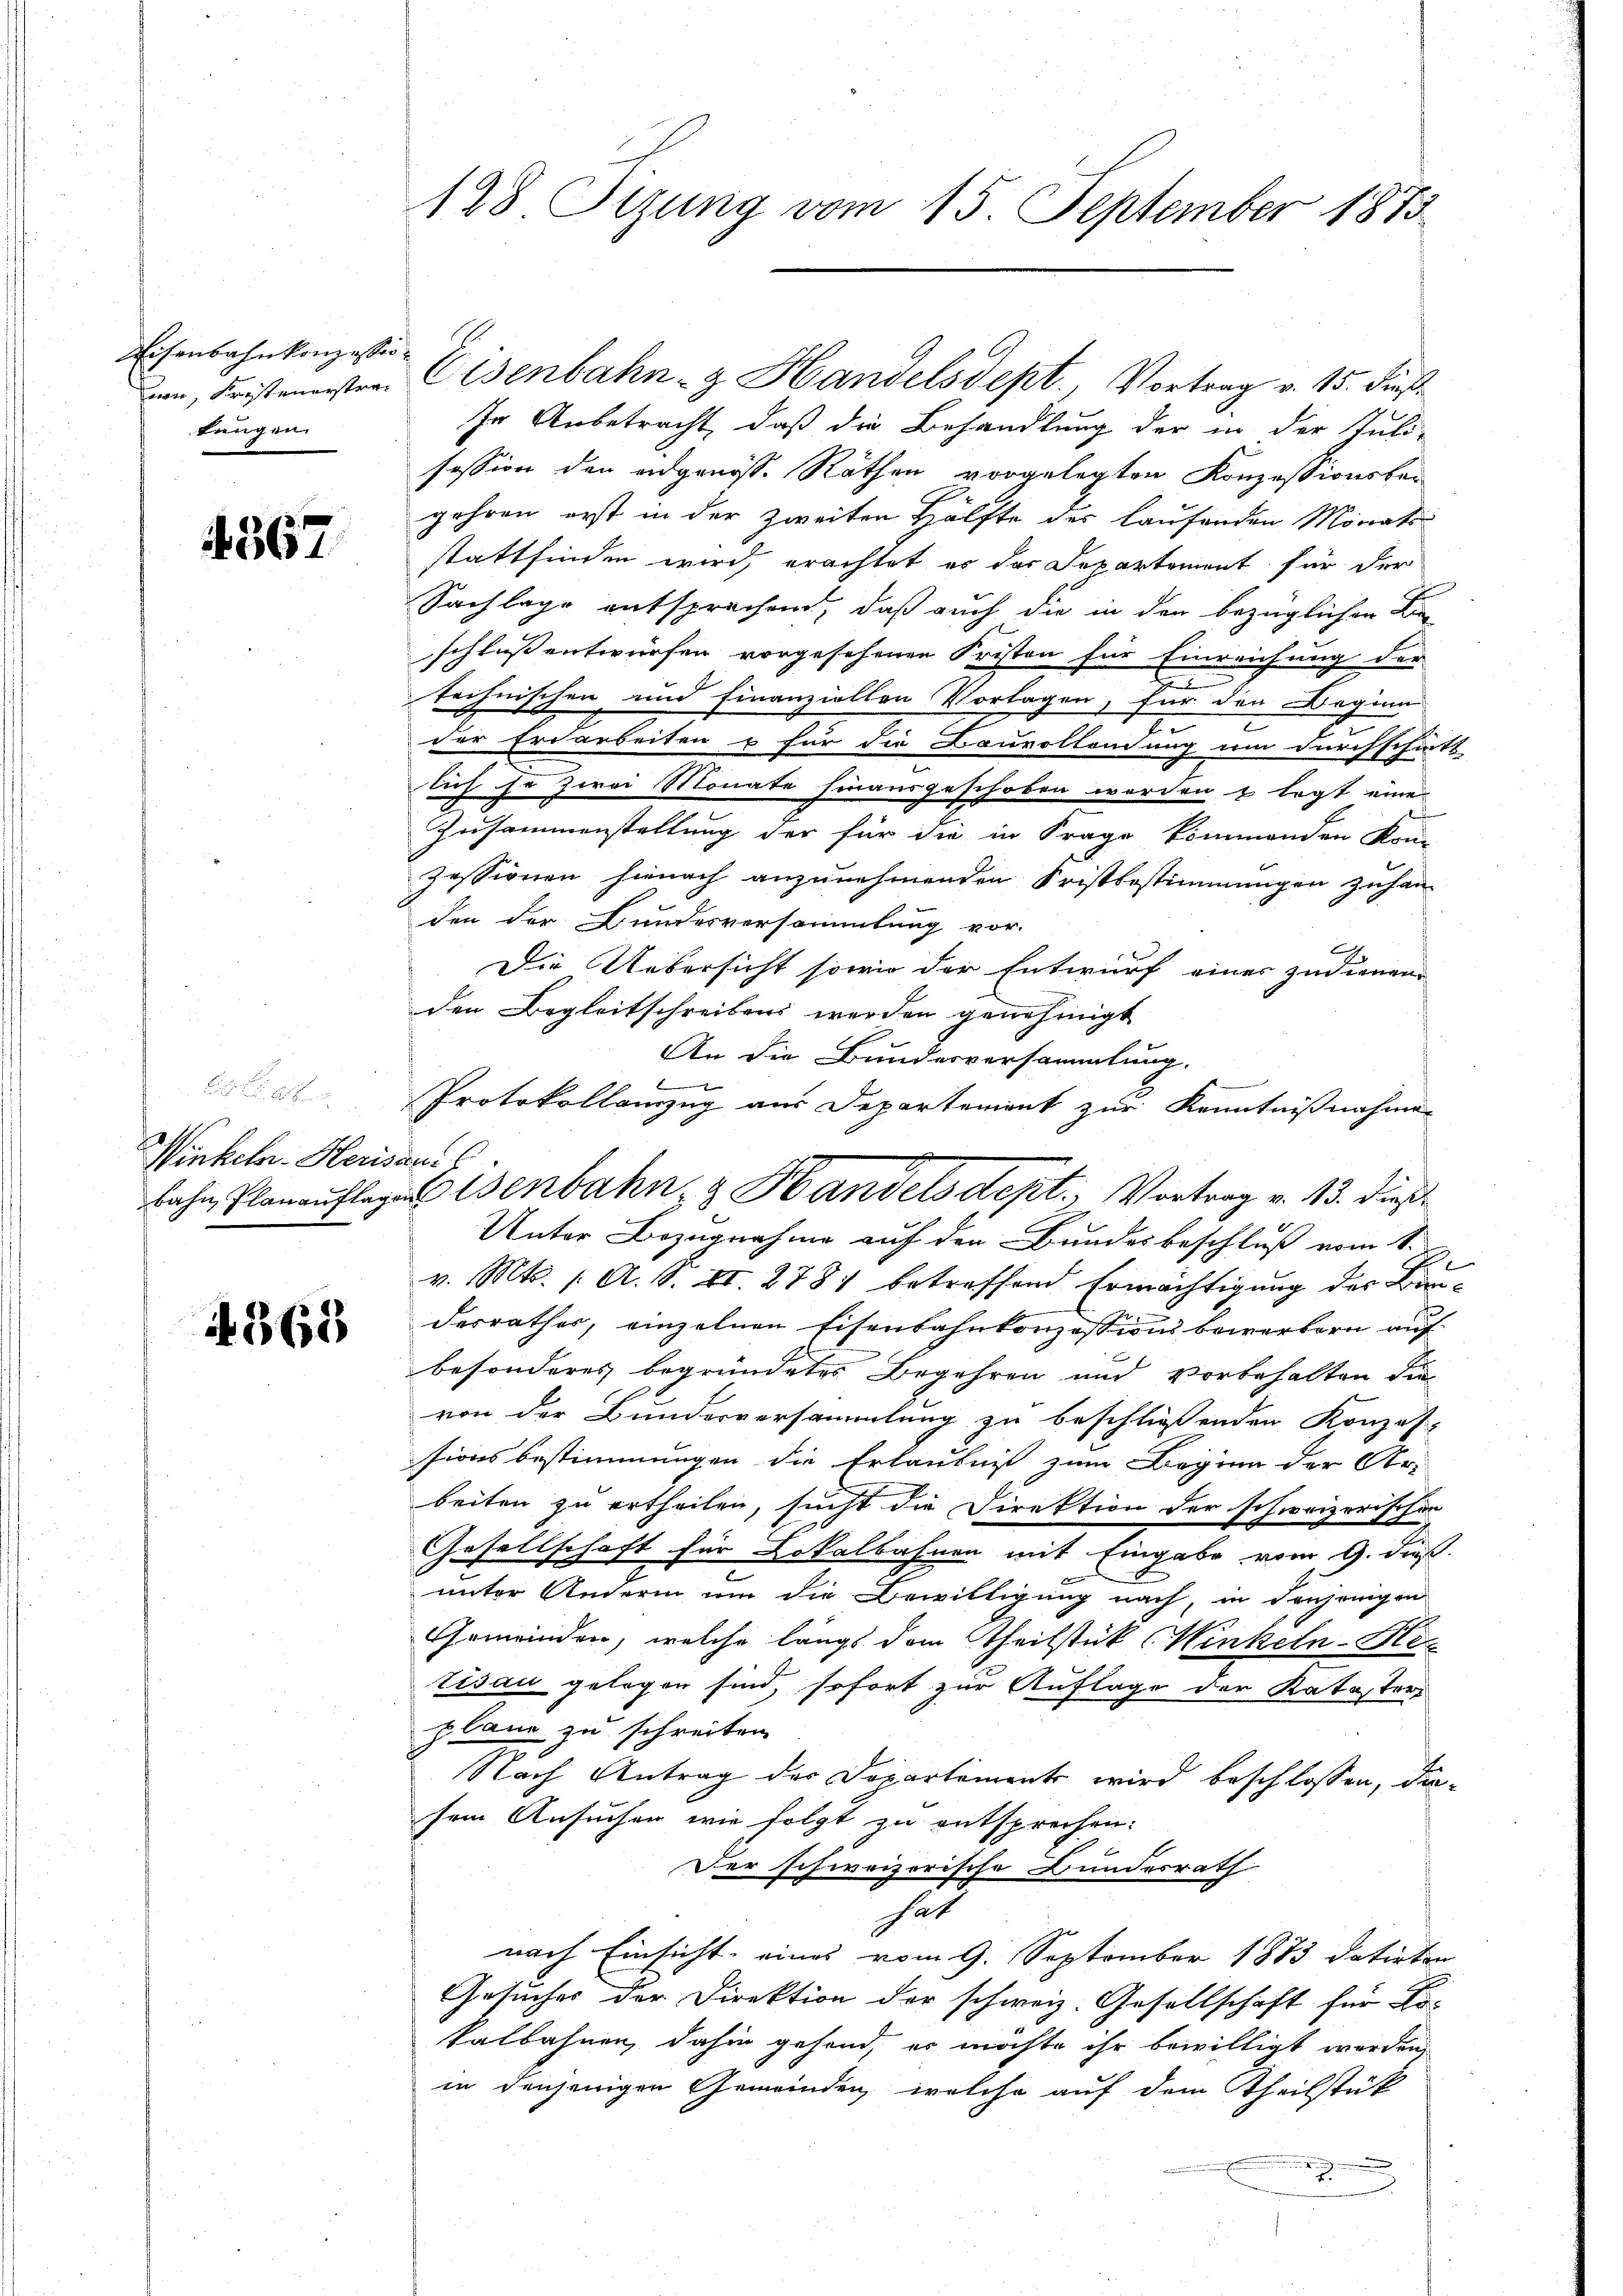
Eisenbahnkonzesser
non, Fristeuerstra¬
Langen

1367

. . .
Winkeln-Heris
bahn Planauflag

365

128 Sizung vom 15. September 1875

Eisenbahn- & Handelsdept, Vortrag v. 15. dieß
In Anbetracht, daß die Behandlung der in der Juli-
session den eidgenöss. Räthen vorgelegten Konzessionsbei
gehren erst in der zweiten Hälfte der laufenden Monats-
stattfinden wird, erachtet er der Departement für der
Sachlage entsprechend, daß auch die in der bezüglichen
schluß entwürfen vorgesehenen Fristen für Einreichung der
u
technischen und finanziellen Vorlagen, für den Beginn
der Erdarbeiten u für die Bauvollendung um durchschärft
sich so zwei Monate hinausgeschoben worden & legt eine
Zusammenstellung der für die in Frage kommenden Kru-
zessionen hienach anzunehmenden Fristbestimmungen zuhanden der Bundesversammlung vor.
Die Uebersicht sowie der Entwurf einer zudienen
den Begleitschreibens werden genehmigt
An die Bundesversammlung.
Protokollanzug aus Departement zur Kenntnißnahme
Unter Bezugnahme auf den Bundesbeschluß vom 1.
v. Mts. 1. A. S. II. 278 betreffend Ermächtigung des Bindesrathes, einzelnen Eisenbahnkonzessions bewerkern auf
besonderes begründetes Begehren und vorbehalten die
von der Bunderversammlung zu beschließenden Konzes-
sionsbestimmungen die Erlaubniß zum Beginn der Ar-
beiten zu ertheilen, sucht die Direktion der schweizerischen
Gesellschaft für Lokalbahnen mit Eingabe vom 9. dieß
unter Andern um die Bewilligung nach, in denjenigen
Gemeinden, welche längs dem Theilstück (Winkeln-Her
tisau gelegen sind, sofort zur Auflage der Kataster
plane zu schreiten.
2
Nach Antrag der Dopartement wird beschlossen, diesem Ansuchen wie folgt zu entsprechen.
Der schweizerische Bundesrath
hat
nach Einsicht, eines vom 9. September 1883 datirten
Gesuches der Direktion der schweiz. Gesellschaft für Er-
kalbahnen, dahin gehend, er möchte ihr bewilligt werden,
in denjenigen Gemeinden, welche auf dem Theilstük

14
Eisenbahn- & Handels dept, Vortrag v. 13. dieß